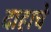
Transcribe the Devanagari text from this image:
दाहाचे